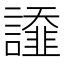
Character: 𧬩